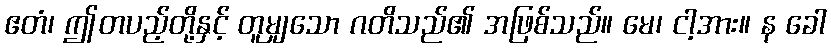
ဧတံ၊ ဤတပည့်တို့နှင့် တူမျှသော ဂတိသည်၏ အဖြစ်သည်။ မေ၊ ငါ့အား။ န ခေါ